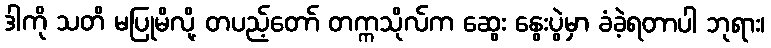
ဒါကို သတိ မပြုမိလို့ တပည့်တော် တက္ကသိုလ်က ဆွေး နွေးပွဲမှာ ခံခဲ့ရတာပါ ဘုရား၊